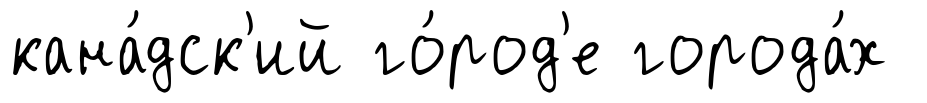
кана́дск'ий го́род'е города́х